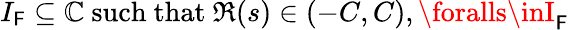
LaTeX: I_{\mathsf{F}}\subseteq\mathbb{{C}}\ {\mathrm{{such~that}}}\ \Re(s)\in(-C,C),\foralls\inI_{\mathsf{F}}